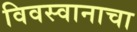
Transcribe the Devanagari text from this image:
विवस्वानाचा